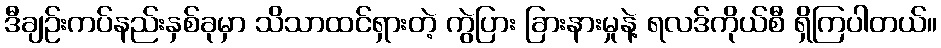
ဒီချဉ်းကပ်နည်းနှစ်ခုမှာ သိသာထင်ရှားတဲ့ ကွဲပြား ခြားနားမှုနဲ့ ရလဒ်ကိုယ်စီ ရှိကြပါတယ်။